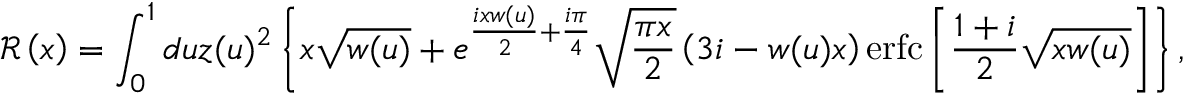
\mathcal { R } \left( x \right) = \int _ { 0 } ^ { 1 } d u z ( u ) ^ { 2 } \left\{ x \sqrt { w ( u ) } + e ^ { \frac { i x w ( u ) } { 2 } + \frac { i \pi } { 4 } } \sqrt { \frac { \pi x } { 2 } } \left( 3 i - w ( u ) x \right) \mathrm { e r f c } \left[ \frac { 1 + i } { 2 } \sqrt { x w ( u ) } \right] \right\} ,